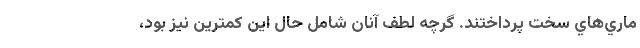
ماري‌هاي سخت پرداختند. گرچه لطف آنان شامل حال اين كمترين نيز بود،